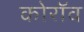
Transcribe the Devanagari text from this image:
कोरॉव